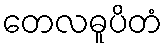
တေလဓူပိတံ